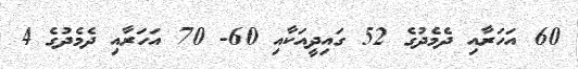
60 އަހަރާއި ދެމެދުގެ 52 ގައިދީއަކާއި 60- 70 އަހަރާއި ދެމެދުގެ 4